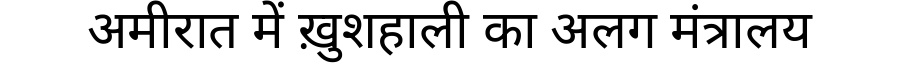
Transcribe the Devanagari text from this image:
अमीरात में ख़ुशहाली का अलग मंत्रालय